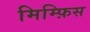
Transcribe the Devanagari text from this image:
मिम्फ़िस